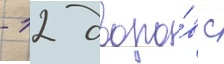
- 12 дворо́в с